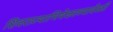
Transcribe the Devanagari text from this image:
शिवराज्याभिषेकाच्यावेळी